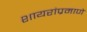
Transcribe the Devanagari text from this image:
शायरांप्रमाणे